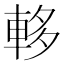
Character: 䡔